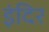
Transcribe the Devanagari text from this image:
इंदिर